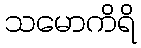
သမောကိရိ